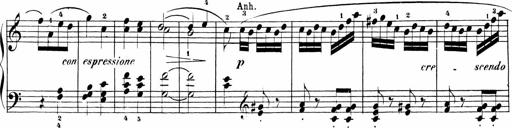
Title: Sonatinen Op.47, 98 und 136, nebst 6 Liedersonatinen
Composer: Carl Reinecke